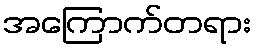
အကြောက်တရား